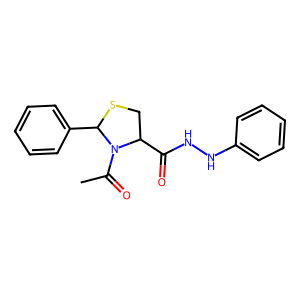
SMILES: CC(=O)N1C(C(=O)NNc2ccccc2)CSC1c1ccccc1
Inhibits HIV replication: No